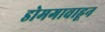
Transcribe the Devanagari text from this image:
डोमगावाहून